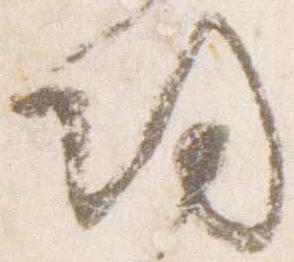
帰